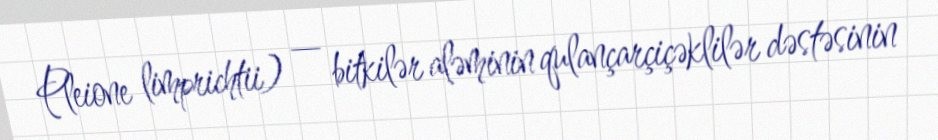
Pleione limprichtii) — bitkilər aləminin qulançarçiçəklilər dəstəsinin